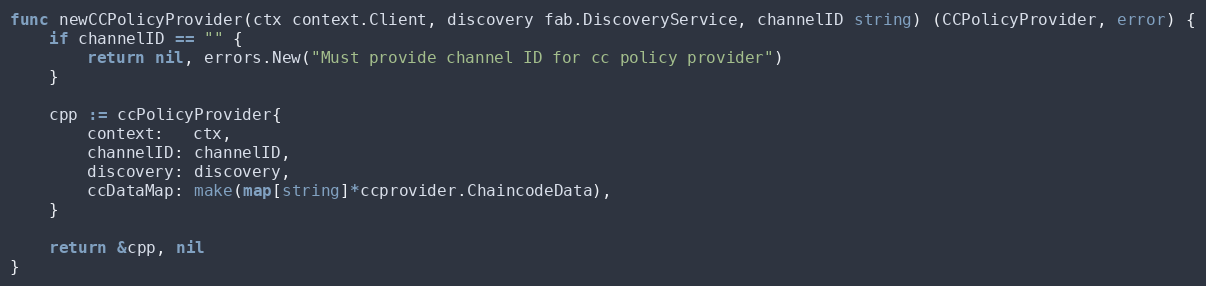
Language: Go
func newCCPolicyProvider(ctx context.Client, discovery fab.DiscoveryService, channelID string) (CCPolicyProvider, error) {
	if channelID == "" {
		return nil, errors.New("Must provide channel ID for cc policy provider")
	}

	cpp := ccPolicyProvider{
		context:   ctx,
		channelID: channelID,
		discovery: discovery,
		ccDataMap: make(map[string]*ccprovider.ChaincodeData),
	}

	return &cpp, nil
}